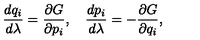
{ \frac { d q _ { i } } { d \lambda } } = { \frac { \partial G } { \partial p _ { i } } } , \quad { \frac { d p _ { i } } { d \lambda } } = - { \frac { \partial G } { \partial q _ { i } } } ,